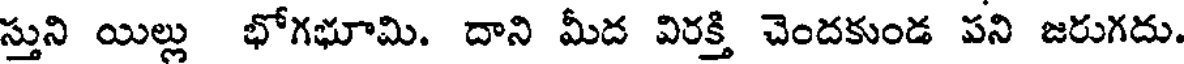
స్తుని యిల్లు భోగభూమి. దాని మీద విరక్తి చెందకుండ పని జరుగదు.